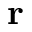
{ \bf r }